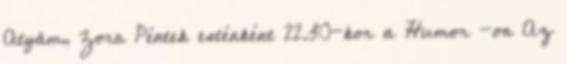
Atyám, Zorn Péntek esténként 22.30-kor a Humor -on Az